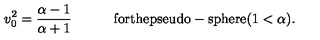
v _ { 0 } ^ { 2 } = { \frac { \alpha - 1 } { \alpha + 1 } } \qquad \quad \mathrm { f o r t h e p s e u d o - s p h e r e } ( 1 < \alpha ) .